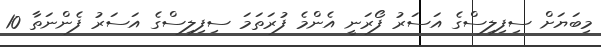
މިބަޔަށް ސިފިލިސްގެ އަސަރު ފޯރަނީ އެންމެ ފުރަތަމަ ސިފިލިސްގެ އަސަރު ފެންނަތާ 10